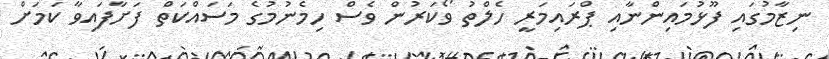
ނިޒާމުގައި ފޫޅުމައިންނާއި ޕްރައިމަރީ ހެލްތު ވޯކަރުން ވެސް ހިމެނުމުގެ މަސައްކަތް ފަށާފައިވާ ކަމަށް